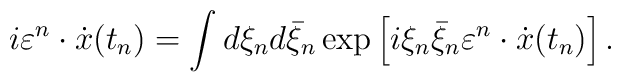
i\varepsilon ^n  \cdot \dot x(t_n ) = \int {d\xi _n } d\bar \xi _n \exp \left[ {i\xi _n \bar \xi _n \varepsilon ^n  \cdot \dot x(t_n )} \right].